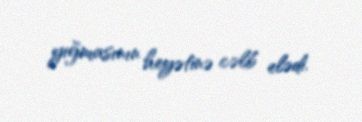
yığmasının heyətinə cəlb elədi.